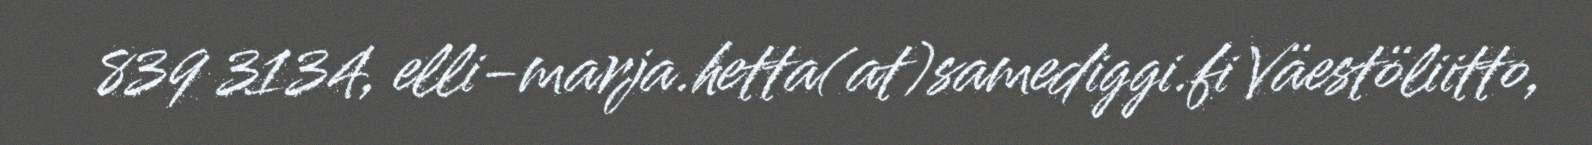
839 3134, elli-marja.hetta(at)samediggi.fi Väestöliitto,